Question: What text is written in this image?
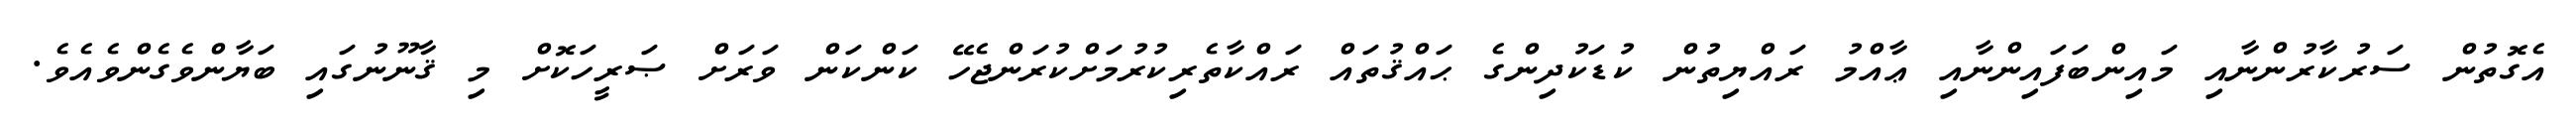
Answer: އެގޮތުން ސަރުކާރުންނާއި މައިންބަފައިންނާއި ޢާއްމު ރައްޔިތުން ކުޑަކުދިންގެ ޙައްޤުތައް ރައްކާތެރިކުރުމަށްކުރަންޖެހޭ ކަންކަން ވަރަށް ޞަރީހަކޮށް މި ޤާނޫނުގައި ބަޔާންވެގެންވެއެވެ.